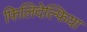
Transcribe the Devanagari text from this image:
फिलिदेल्फिया